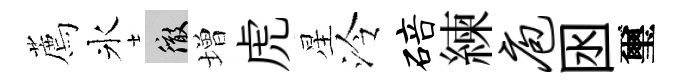
薦氷徹増虎星泠碚練庖囦璽